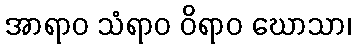
အာရာဝ သံရာဝ ဝိရာဝ ဃောသာ၊